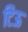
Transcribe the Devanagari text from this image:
टिऊ